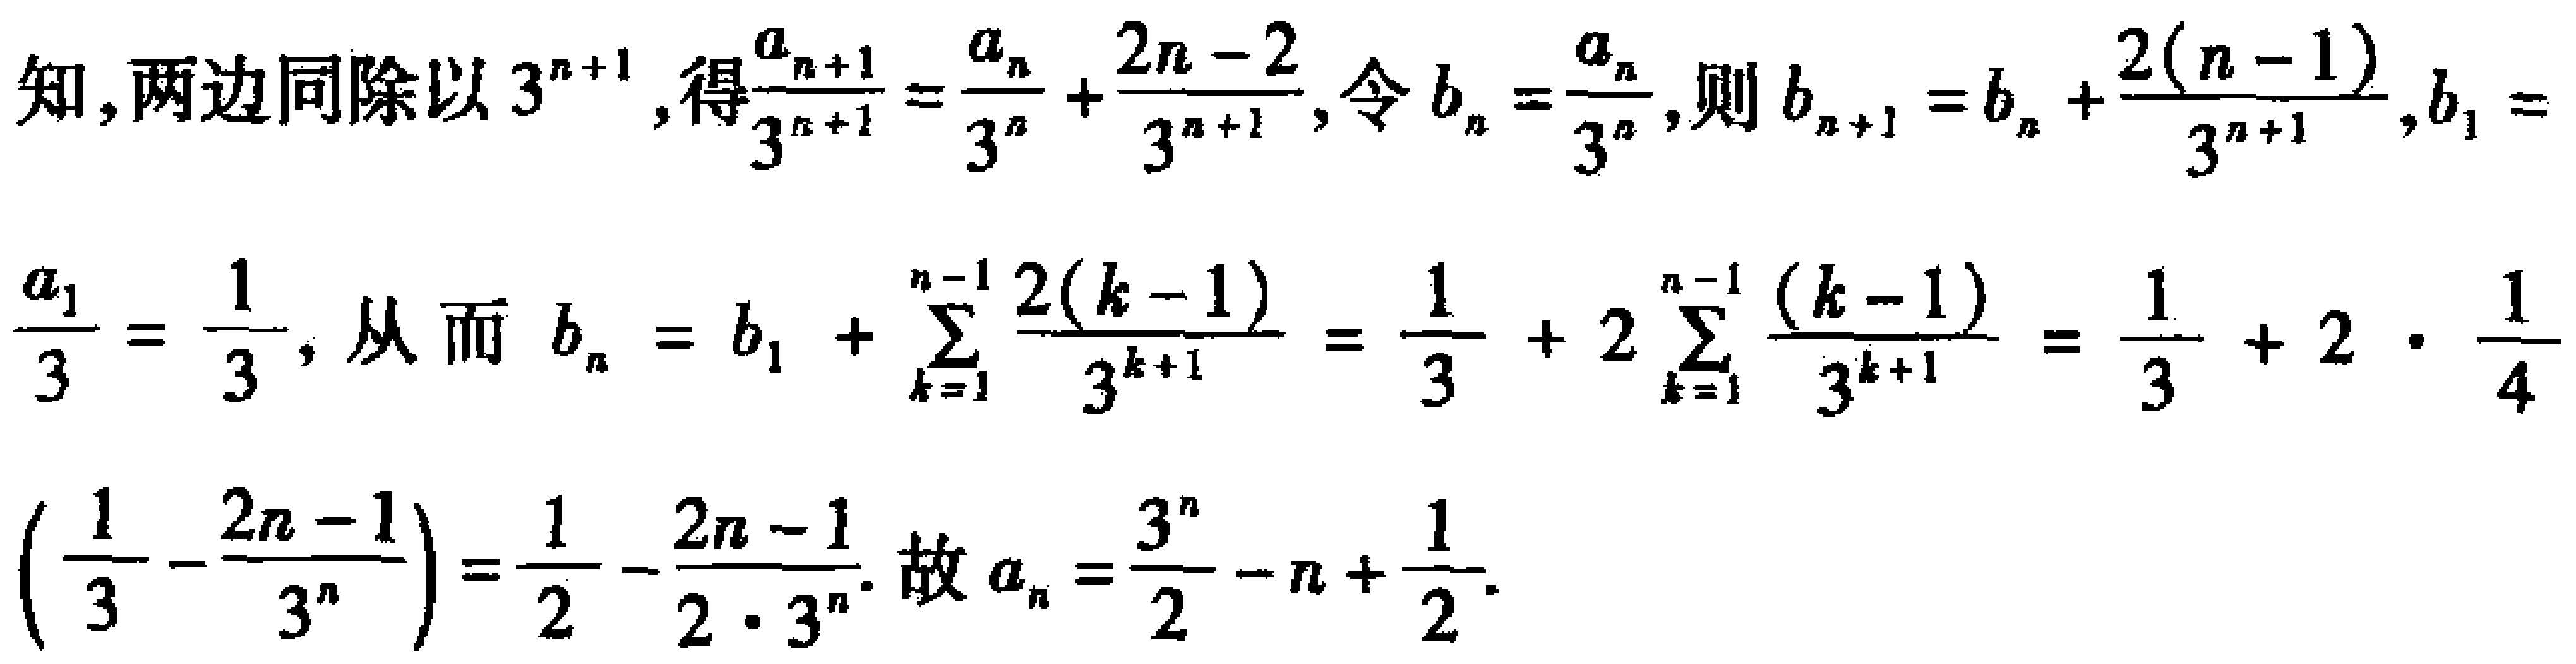
知,两边同除以\(3^{n + 1}\),得\(\frac{a_{n + 1}}{3^{n + 1}}=\frac{a_{n}}{3^{n}}+\frac{2n - 2}{3^{n + 1}}\),令\(b_{n}=\frac{a_{n}}{3^{n}}\),则\(b_{n + 1}=b_{n}+\frac{2(n - 1)}{3^{n + 1}}\),\(b_{1}=\frac{a_{1}}{3}=\frac{1}{3}\),从而\(b_{n}=b_{1}+\sum_{k = 1}^{n - 1}\frac{2(k - 1)}{3^{k + 1}}=\frac{1}{3}+2\sum_{k = 1}^{n - 1}\frac{(k - 1)}{3^{k + 1}}=\frac{1}{3}+2\cdot\frac{1}{4}(\frac{1}{3}-\frac{2n - 1}{3^{n}})=\frac{1}{2}-\frac{2n - 1}{2\cdot3^{n}}\).故\(a_{n}=\frac{3^{n}}{2}-n+\frac{1}{2}\).